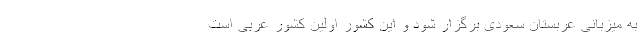
به میزبانی عربستان سعودی برگزار شود و این کشور اولین کشور عربی است